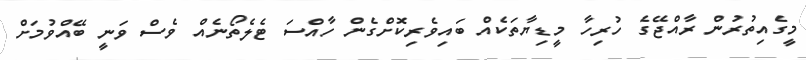
މީގެއިތުރުން ރާއްޖޭގެ ހުރިހާ މީޑިޔާތަކެއް ބައިވެރިކޮށްގެން ހާއްސަ ޓެލެތޯނެއް ވެސް ވަނީ ބޭއްވުމަށް